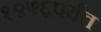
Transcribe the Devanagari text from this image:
१९५६पर्यंत